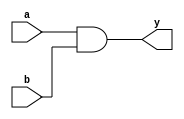
module new1(a,b,y);
input a,b;
output y;
assign y=a&b;
endmodule